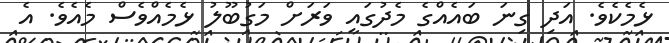
ޅެމެކެވެ. އަދި ގިނަ ބައެއްގެ މެދުގައި ވަރަށް މަގުބޫލު ޅެމެއްވެސް މެއެވެ. އެ